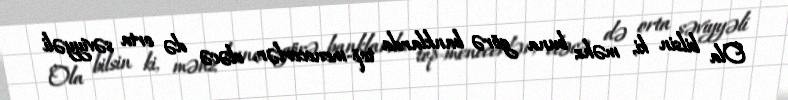
Ola bilsin ki, məhz buna görə banklarda top-menecerlər, eləcə də orta səviyyəli